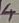
Text: 4